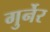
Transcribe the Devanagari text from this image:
गुर्नेर